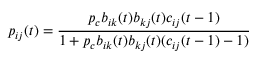
p _ { i j } ( t ) = \frac { p _ { c } b _ { i k } ( t ) b _ { k j } ( t ) c _ { i j } ( t - 1 ) } { 1 + p _ { c } b _ { i k } ( t ) b _ { k j } ( t ) ( c _ { i j } ( t - 1 ) - 1 ) }